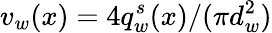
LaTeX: v_{w}(x)=4q_{w}^{s}(x)/(\pi d_{w}^{2})